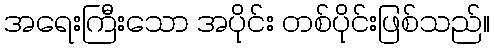
အရေးကြီးသော အပိုင်း တစ်ပိုင်းဖြစ်သည်။